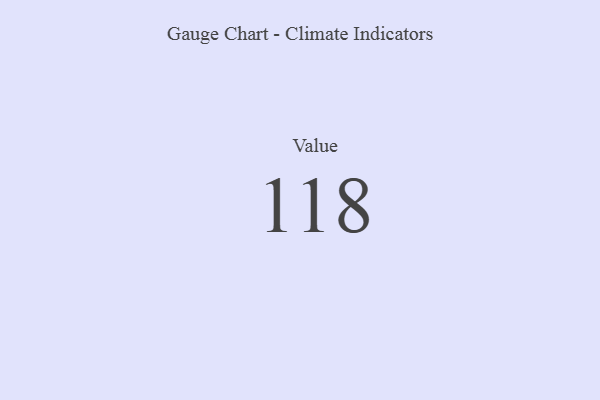
{"axis": {"x": "Metric", "y": "Value"}, "legend": [""], "data": [{"x": "Value", "y": 118, "type": ""}]}